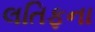
લતિફના